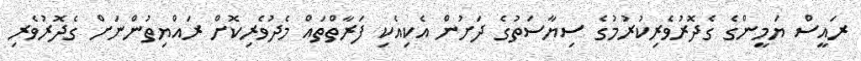
ރައީސް ޔަމީންގެ ގެދޮރުވެރިކުރުމުގެ ސިޔާސަތުގެ ދަށުން އެކިއެކި ފަރާތްތައް މެދުވެރިކޮށް ރައްޔިތުންނަށް ގެދޮރުވެރި